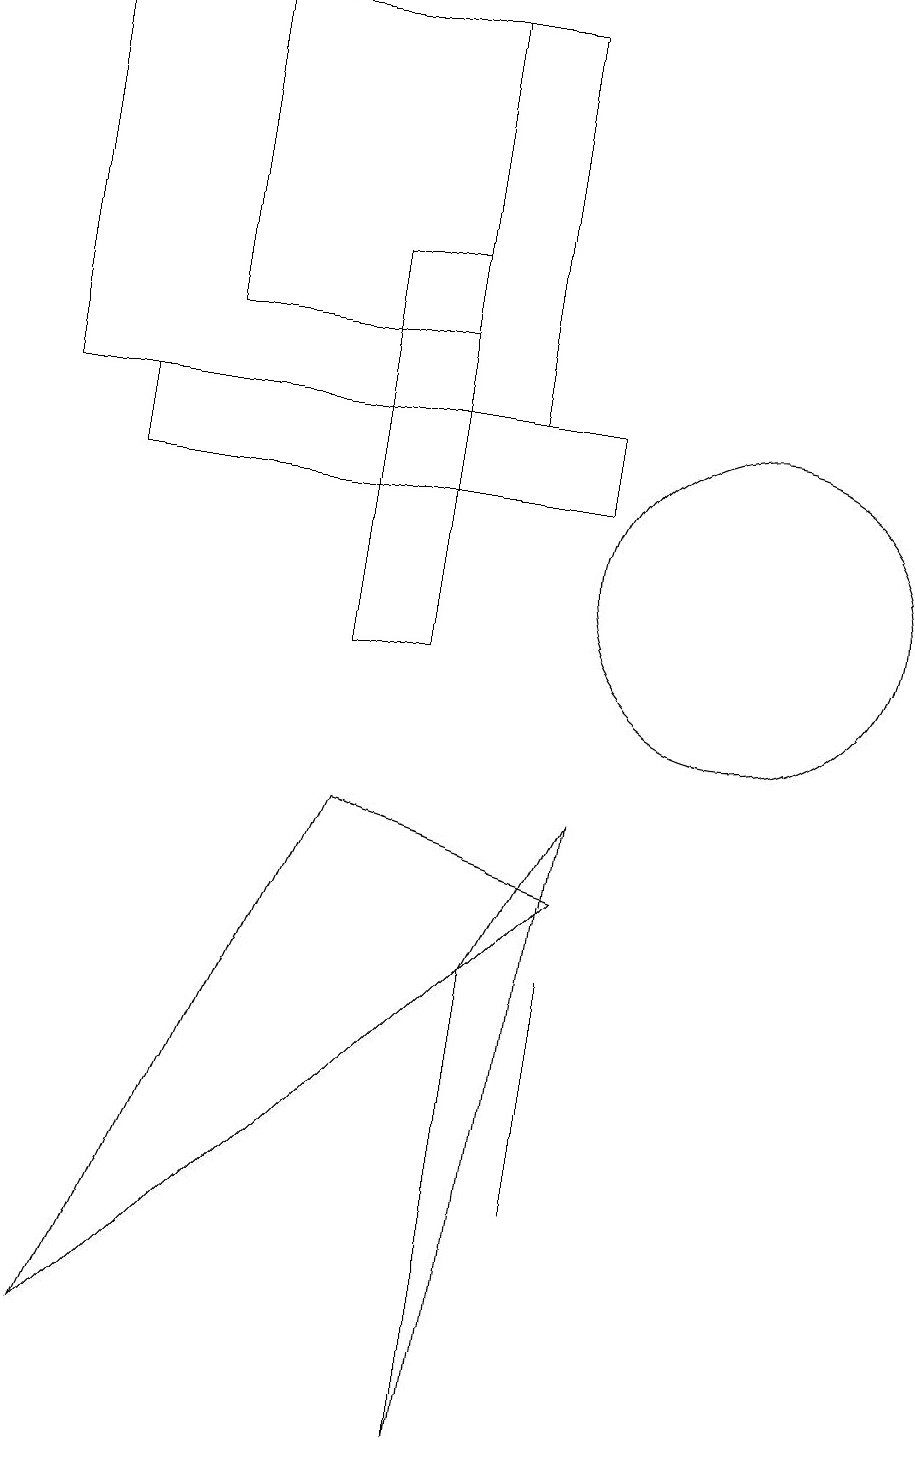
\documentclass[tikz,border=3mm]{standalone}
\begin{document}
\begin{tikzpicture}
\draw (7,0) -- (8,8) -- (7,6) -- cycle;
\draw (7,13) rectangle (1,18);
\draw (8,3) -- (8,6) -- (8,4) -- cycle;
\draw (10,11) circle (2);
\draw (5,10) rectangle (6,15);
\draw (5,8) -- (8,7) -- (2,1) -- cycle;
\draw (2,12) rectangle (8,13);
\draw (3,18) rectangle (6,14);
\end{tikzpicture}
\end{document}